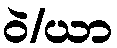
ဝဲ/ယာ